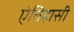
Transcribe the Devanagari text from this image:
ऐतिहासी